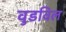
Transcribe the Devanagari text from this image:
वुडविल